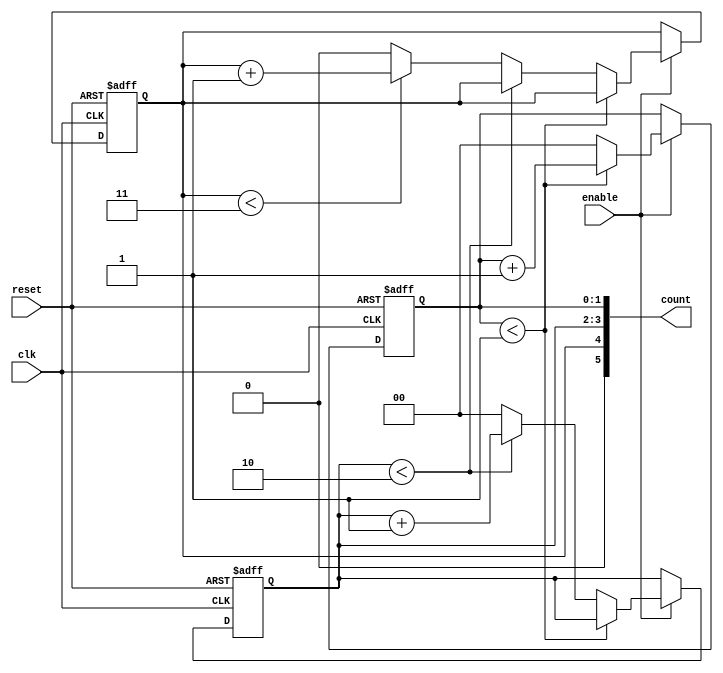
module mixed_radix_counter (
    input wire clk,           // Clock input
    input wire reset,         // Asynchronous reset
    input wire enable,        // Enable signal
    output reg [5:0] count    // Output count (adjust width as needed)
);

    // Define the maximum count values for each digit based on the radix
    parameter RADIX_1 = 2;   // Base 2
    parameter RADIX_2 = 3;   // Base 3
    parameter RADIX_3 = 4;   // Base 4

    // Internal registers for each digit
    reg [1:0] digit1; // 2 bits for base 2
    reg [1:0] digit2; // 2 bits for base 3
    reg [1:1] digit3; // 3 bits for base 4

    // Assign output count based on the digits
    always @(*) begin
        count = {digit3, digit2, digit1};
    end

    // Counting logic
    always @(posedge clk or posedge reset) begin
        if (reset) begin
            // Reset all digits to zero
            digit1 <= 0;
            digit2 <= 0;
            digit3 <= 0;
        end else if (enable) begin
            // Count logic for digit1
            if (digit1 < RADIX_1 - 1) begin
                digit1 <= digit1 + 1;
            end else begin
                digit1 <= 0; // Reset digit1
                // Count logic for digit2
                if (digit2 < RADIX_2 - 1) begin
                    digit2 <= digit2 + 1;
                end else begin
                    digit2 <= 0; // Reset digit2
                    // Count logic for digit3
                    if (digit3 < RADIX_3 - 1) begin
                        digit3 <= digit3 + 1;
                    end else begin
                        digit3 <= 0; // Reset digit3
                    end
                end
            end
        end
    end

endmodule